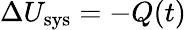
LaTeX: \Delta U_{\mathrm{sys}}=-Q(t)